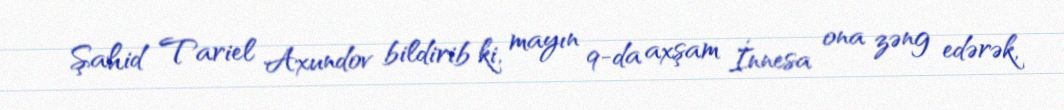
Şahid Tariel Axundov bildirib ki, mayın 9-da axşam İnnesa ona zəng edərək,